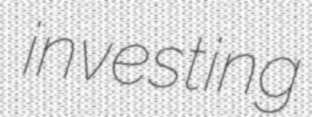
investing